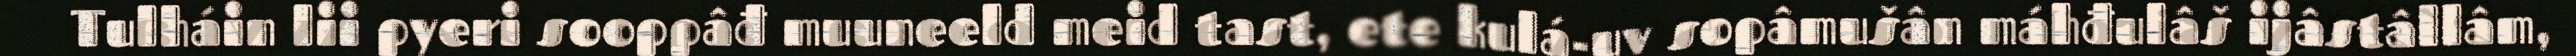
Tulháin lii pyeri sooppâđ muuneeld meid tast, ete kulá-uv sopâmušân máhđulâš ijâstâllâm,